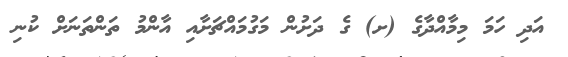
އަދި ހަމަ މިމާއްދާގެ (ށ) ގެ ދަށުން މަގުމައްޗަށާއި އާންމު ތަންތަނަށް ކުނި